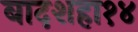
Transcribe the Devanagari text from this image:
बादशहा१४